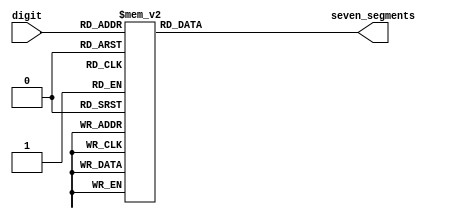
module sm_hex_display
(
    input      [3:0] digit,
    output reg [6:0] seven_segments
);

    always @*
        case (digit)
        'h0: seven_segments = 'b1000000;  // a b c d e f g
        'h1: seven_segments = 'b1111001;
        'h2: seven_segments = 'b0100100;  //   --a--
        'h3: seven_segments = 'b0110000;  //  |     |
        'h4: seven_segments = 'b0011001;  //  f     b
        'h5: seven_segments = 'b0010010;  //  |     |
        'h6: seven_segments = 'b0000010;  //   --g--
        'h7: seven_segments = 'b1111000;  //  |     |
        'h8: seven_segments = 'b0000000;  //  e     c
        'h9: seven_segments = 'b0011000;  //  |     |
        'ha: seven_segments = 'b0001000;  //   --d-- 
        'hb: seven_segments = 'b0000011;
        'hc: seven_segments = 'b1000110;
        'hd: seven_segments = 'b0100001;
        'he: seven_segments = 'b0000110;
        'hf: seven_segments = 'b0001110;
        endcase

endmodule